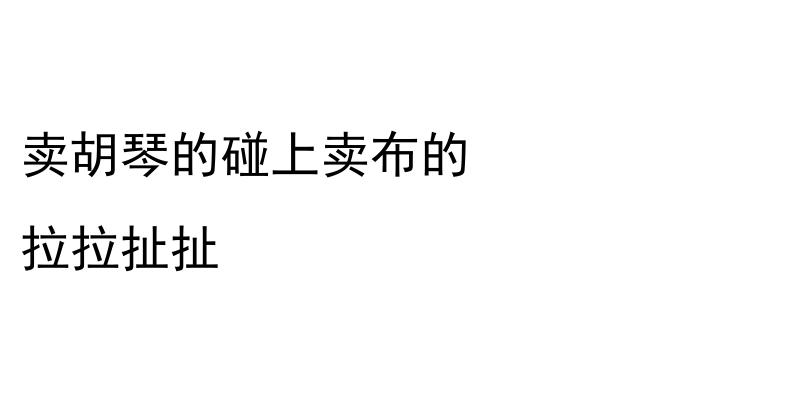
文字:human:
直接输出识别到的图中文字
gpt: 卖胡琴的碰上卖布的 拉拉扯扯